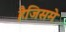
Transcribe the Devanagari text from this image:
हैजिसमे